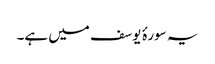
یہ سورۂ یوسف میں ہے۔